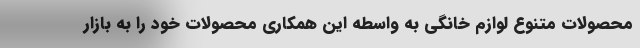
محصولات متنوع لوازم خانگی به واسطه این همکاری محصولات خود را به بازار